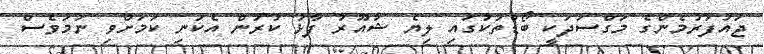
ޖައުފަރުމެންގެ މަގްސަދަކީ ބޯޑުތަކުގައި ލިޔެ ޝުއޫރު ފާޅު ކުރުން އެކަނި ކަމަށްވި ނަމަވެސް